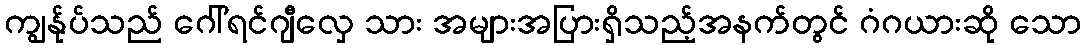
ကျွန်ုပ်သည် ဂေါ်ရင်ဂျီလှေ သား အများအပြားရှိသည့်အနက်တွင် ဂံဂယားဆို သော